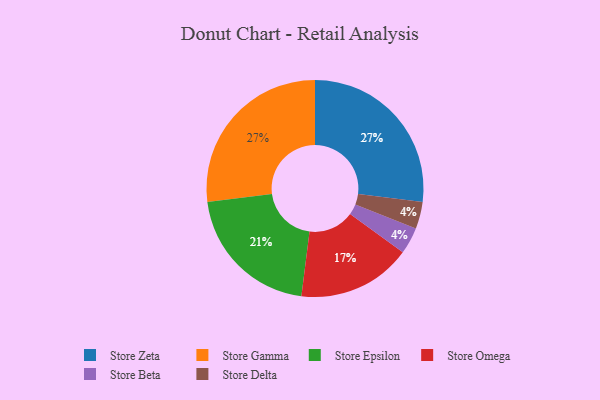
{"axis": {"x": "Category", "y": "Percentage"}, "legend": ["Store Beta", "Store Delta", "Store Epsilon", "Store Gamma", "Store Omega", "Store Zeta"], "data": [{"x": "Store Beta", "y": 4, "type": "Store Beta"}, {"x": "Store Zeta", "y": 27, "type": "Store Zeta"}, {"x": "Store Delta", "y": 4, "type": "Store Delta"}, {"x": "Store Gamma", "y": 27, "type": "Store Gamma"}, {"x": "Store Omega", "y": 17, "type": "Store Omega"}, {"x": "Store Epsilon", "y": 21, "type": "Store Epsilon"}]}